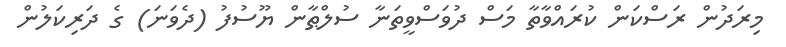
މިރަދުން ރަސްކަން ކުރައްވާތާ މަސް ދުވަސްވީތަނާ ސުލްޠާން ޔޫސުފު (ދެވަނަ) ގެ ދަރިކަލުން